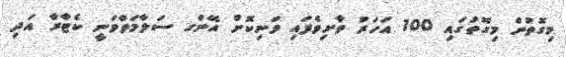
މިގޮތުން މިގޮތުގައި 100 އަހަރު ތާށިވެފައި ވަނިކޮށް އޭންގ ސަލާމަތްވަނީ ކެޓާރާ އަދި